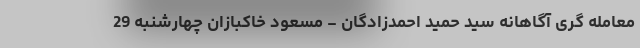
معامله گری آگاهانه سید حمید احمدزادگان - مسعود خاکبازان چهارشنبه 29